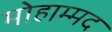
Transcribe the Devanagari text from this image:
मोहाम्मद